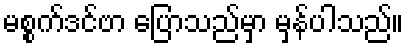
မစ္စက်ဒင်ဗာ ပြောသည်မှာ မှန်ပါသည်။